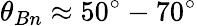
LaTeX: \theta_{Bn}\approx 50^{\circ}-70^{\circ}